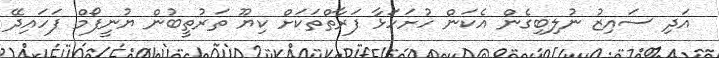
އަދި ސައިޒު ނުލިބިގެން އެކަން ހުށަހަޅާ ފަރާތްތަކަށް ކިޔޫ ތަރުތީބުން ޔުނީފޯމް ފަހައިދޭ